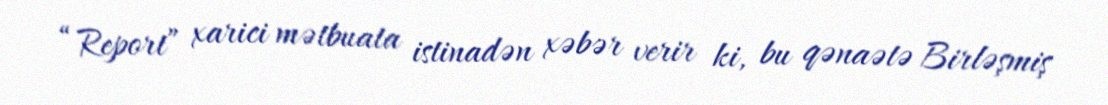
“Report” xarici mətbuata istinadən xəbər verir ki, bu qənaətə Birləşmiş